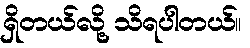
ရှိတယ်လို့ သိရပါတယ်။